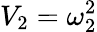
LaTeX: V_{2}=\omega_{2}^{2}